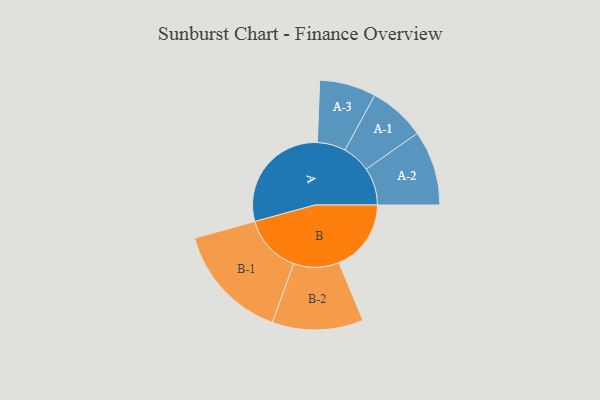
{"axis": {"x": "Segment", "y": "Value"}, "legend": ["", "A", "B"], "data": [{"x": "A", "y": 448, "type": ""}, {"x": "B", "y": 281, "type": ""}, {"x": "A-1", "y": 110, "type": "A"}, {"x": "A-2", "y": 146, "type": "A"}, {"x": "A-3", "y": 110, "type": "A"}, {"x": "B-1", "y": 228, "type": "B"}, {"x": "B-2", "y": 177, "type": "B"}]}